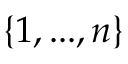
\{ 1 , . . . , n \}